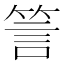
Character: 䇾